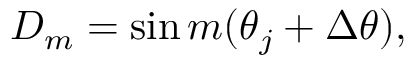
{ \cal D } _ { m } = \sin m ( \theta _ { j } + \Delta \theta ) ,